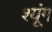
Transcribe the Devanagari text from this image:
श्यूंग